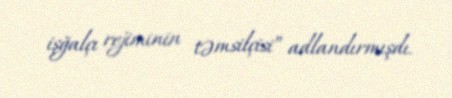
işğalçı rejiminin təmsilçisi” adlandırmışdı.